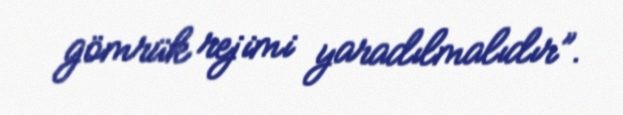
gömrük rejimi yaradılmalıdır”.